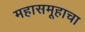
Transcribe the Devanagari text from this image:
महासमूहाचा